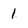
Character: 1